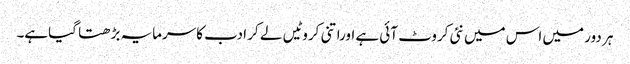
ہر دور میں اس میں نئی کروٹ آئی ہے اوراتنی کروٹیں لے کر ادب کاسرمایہ بڑھتا گیاہے۔